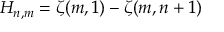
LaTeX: H _ { n , m } = \zeta ( m , 1 ) - \zeta ( m , n + 1 )